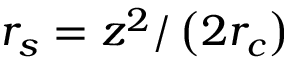
r _ { s } = z ^ { 2 } / \left( 2 r _ { c } \right)